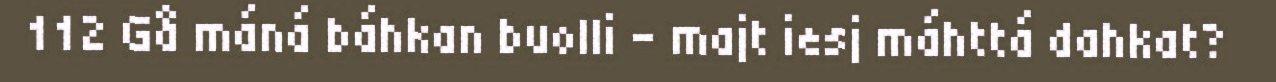
112 Gå máná báhkan buolli – majt iesj máhttá dahkat?